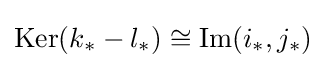
{\text{Ker}}(k_{*}-l_{*})\cong {\text{Im}}(i_{*},j_{*})